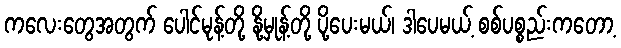
ကလေးတွေအတွက် ပေါင်မုန့်တို့ နို့မှုန့်တို့ ပို့ပေးမယ်၊ ဒါပေမယ့် စစ်ပစ္စည်းကတော့